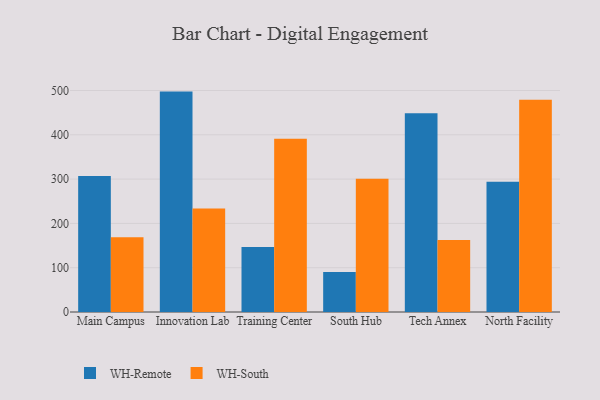
{"axis": {"x": "Campus", "y": "Active Users"}, "legend": ["WH-Remote", "WH-South"], "data": [{"x": "Main Campus", "y": 306.9, "type": "WH-Remote"}, {"x": "Main Campus", "y": 169.0, "type": "WH-South"}, {"x": "Innovation Lab", "y": 497.5, "type": "WH-Remote"}, {"x": "Innovation Lab", "y": 233.4, "type": "WH-South"}, {"x": "Training Center", "y": 146.9, "type": "WH-Remote"}, {"x": "Training Center", "y": 391.3, "type": "WH-South"}, {"x": "South Hub", "y": 90.2, "type": "WH-Remote"}, {"x": "South Hub", "y": 300.6, "type": "WH-South"}, {"x": "Tech Annex", "y": 448.9, "type": "WH-Remote"}, {"x": "Tech Annex", "y": 162.3, "type": "WH-South"}, {"x": "North Facility", "y": 293.9, "type": "WH-Remote"}, {"x": "North Facility", "y": 479.0, "type": "WH-South"}]}